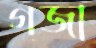
গজা